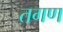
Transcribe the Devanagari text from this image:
तगण